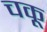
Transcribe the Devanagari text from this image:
चकू